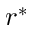
r ^ { * }